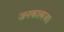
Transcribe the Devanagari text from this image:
जनकात्मजा।